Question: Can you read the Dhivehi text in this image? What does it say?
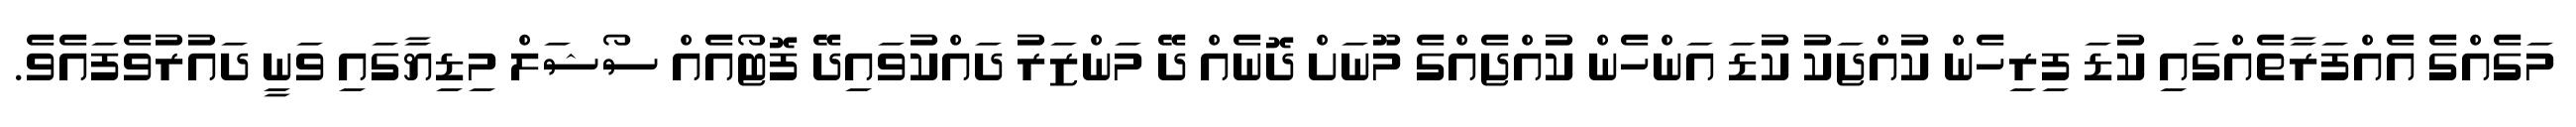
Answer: މަގެއްގެ އެއްފަރާތެއްގައި ކުޑަ ފިރިހެން ކުއްޖަކު ކުޑަ އަންހެން ކުއްޖެއްގެ މޫނަށް ދޮނެއް ދޭ މަންޒަރު ދައްކުވައިދޭ ފޮޓޯއެއް ސޯޝަލް މިޑިޔާގައި ވަނީ ދައުރުވެފައެވެ.